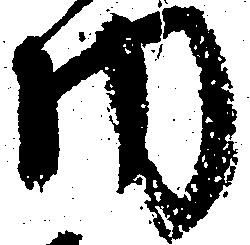
門